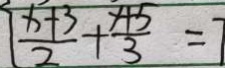
\frac { x + 3 } { 2 } + \frac { y + 5 } { 3 } = 7